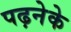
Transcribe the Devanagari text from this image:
पढ़नेके